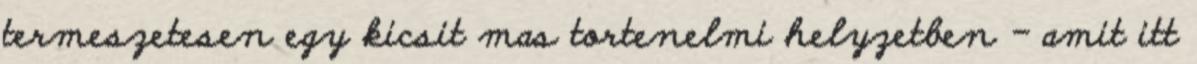
termeszetesen egy kicsit mas tortenelmi helyzetben - amit itt